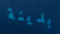
بدينة